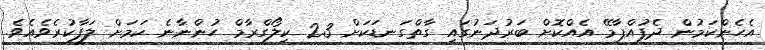
އެހެންކަމުން ދެފުއްޕާމޭ އެއްކޮށް ބަރުދަނުގައި ގާތްގަނޑަކަށް 2.3 ކިލޯގްރާމް ހުންނާނެ ކަމަށް ލަފާކުރެވެއެވެ.